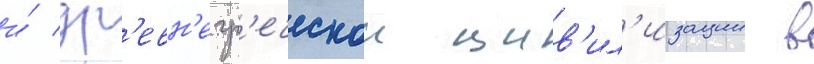
и́ др'евн'егр'еческои цив'ил'изации в